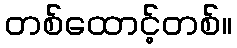
တစ်ထောင့်တစ်။